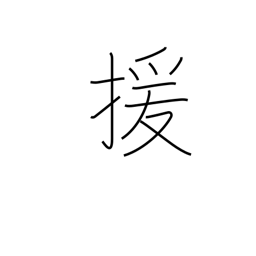
Meaning: abet